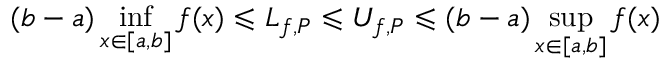
( b - a ) \operatorname* { i n f } _ { x \in [ a , b ] } f ( x ) \leqslant L _ { f , P } \leqslant U _ { f , P } \leqslant ( b - a ) \operatorname* { s u p } _ { x \in [ a , b ] } f ( x )